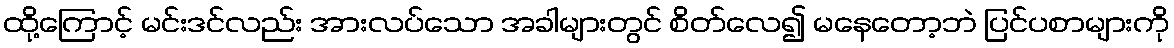
ထို့ကြောင့် မင်းဒင်လည်း အားလပ်သော အခါများတွင် စိတ်လေ၍ မနေတော့ဘဲ ပြင်ပစာများကို